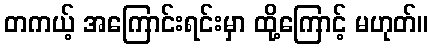
တကယ့် အကြောင်းရင်းမှာ ထို့ကြောင့် မဟုတ်။